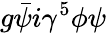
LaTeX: g{\bar{\psi}}i\gamma^{5}\phi\psi